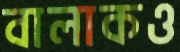
বালাকও